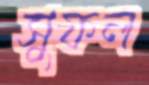
সুফল